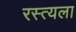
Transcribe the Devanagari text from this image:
रस्त्यला